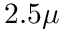
2 . 5 \mu